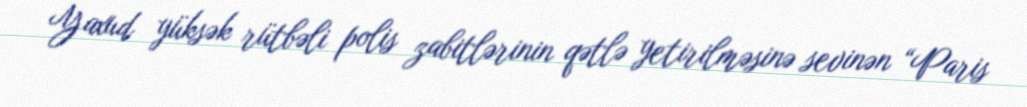
Yaxud yüksək rütbəli polis zabitlərinin qətlə yetirilməsinə sevinən “Paris